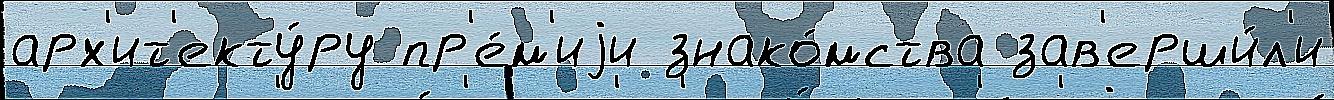
арх'ит'екту́ру пр'е́м'иjи знако́мства зав'ерши́л'и